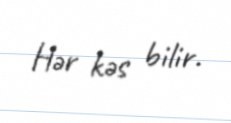
Hər kəs bilir.